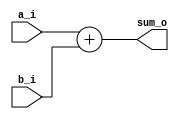
`timescale 1ns / 1ps

//behavioral adder
module adder3(
input [63:0] a_i,
input [63:0] b_i,
output reg [64:0]sum_o // tama durumunu dikkate almadm.
    );

initial begin
sum_o[64] = 1'b0;
end    
    
always@* begin
        sum_o = a_i + b_i;
    end
        
endmodule